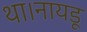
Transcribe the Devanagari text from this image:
था।नायडू